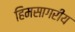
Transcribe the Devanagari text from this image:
हिमसागरीय